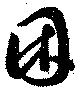
困